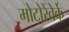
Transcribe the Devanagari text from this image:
मोटोरेंवेर्के